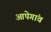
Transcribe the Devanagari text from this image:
आपेगांव